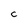
Character: c